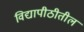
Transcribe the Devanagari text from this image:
विद्यापीठीतील